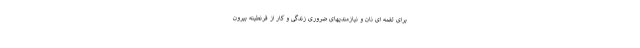
برای لقمه ای نان و نیازمندیهای ضروری زندگی و کار از قرنطینه بیرون